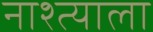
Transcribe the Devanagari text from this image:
नाश्त्याला